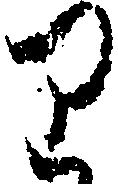
り